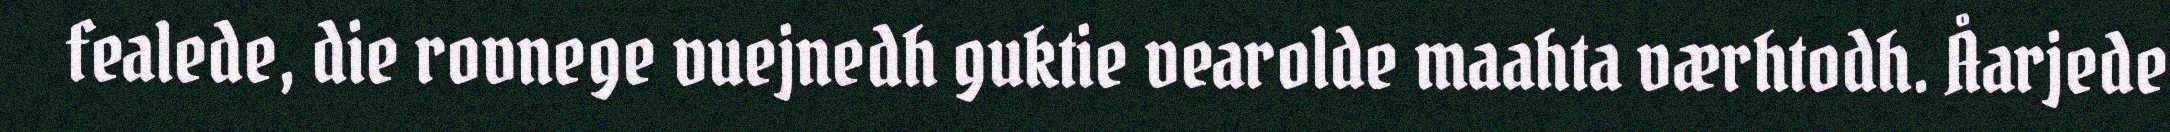
fealede, die rovnege vuejnedh guktie vearolde maahta værhtodh. Åarjede